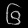
Digit: ၆